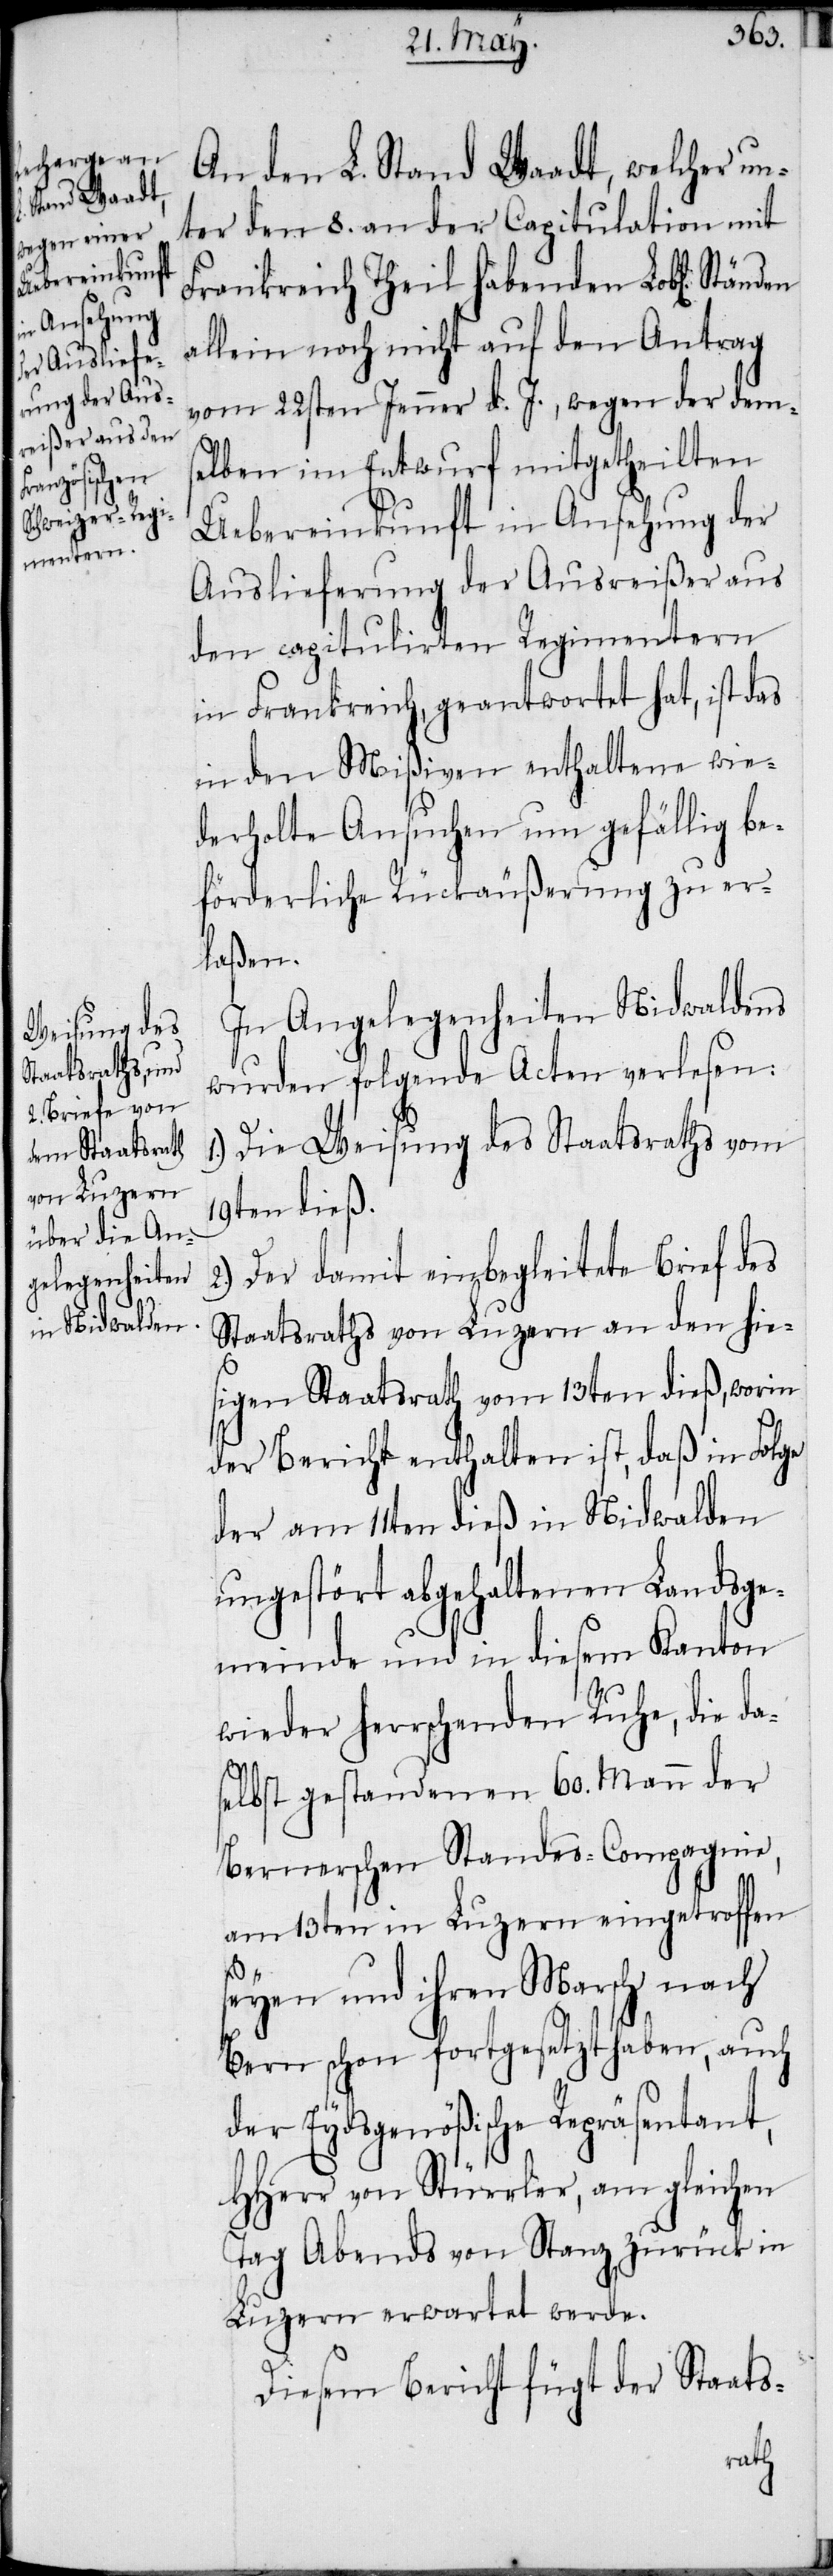
An den L. Stand Waadt, welcher un¬
ter den 8. an der Capitulation mit
Frankreich Theil habenden Lobl[ichen]
allein noch nicht auf den Antrag
vom 22sten Jenner d. J., wegen der dems¬
elben im Entwurf mitgetheilten
Uebereinkunft in Ansehung der
Auslieferung der Ausreißer aus
den capitulirten Regimentern
in Frankreich, geantwortet hat, ist das
in den Mißiven enthaltene wie¬
derholte Ansuchen um gefällig be¬
förderliche Rückäußerung zu er¬
laßen.
In Angelegenheiten Nidwaldens
wurden folgende Acten verlesen:
Die Weisung des Staatsraths vom
19ten dieß.
Der damit einbegleitete Brief des
Staatsraths von Luzern an den hie¬
sigen Staatsrath vom 13ten dieß, worin
der Bericht enthalten ist, daß in Folge
der am 11ten dieß in Nidwalden
ungestört abgehaltenen Landsge¬
meinde und in diesem Kanton
wieder herrschenden Ruhe, die da¬
selbst gestandenen 60. Mann der
Bernerschen Standes-Compagnie,
am 13ten in Luzern eingetroffen
2.)
seyen und ihren Marsch nach
Bern schon fortgesetzt haben, auch
der Eydsgenößische Repräsentant,
HHerr von Stürrler, am gleichen
Tag Abends von Stanz zurück in
Luzern erwartet werden.
Diesem Bericht fügt der Staats-